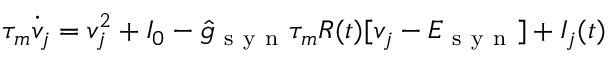
\tau _ { m } \dot { v } _ { j } = v _ { j } ^ { 2 } + I _ { 0 } - \hat { g } _ { \mathrm { ~ s ~ y ~ n ~ } } \tau _ { m } R ( t ) [ v _ { j } - E _ { \mathrm { ~ s ~ y ~ n ~ } } ] + I _ { j } ( t )